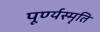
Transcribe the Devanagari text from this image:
पूर्ण्यस्मृति